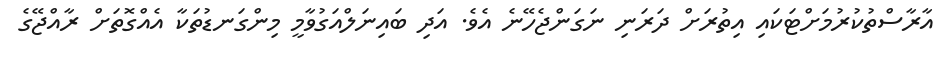
އާރާސްތުކުރުމަށްޓަކައި އިތުރަށް ދަރަނި ނަގަންޖެހޭނެ އެވެ. އަދި ބައިނަލްއަގުވާމީ މިންގަނޑުތަކާ އެއްގޮތަށް ރާއްޖޭގެ